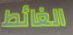
الغائط